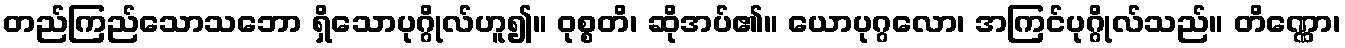
တည်ကြည်သောသဘော ရှိသောပုဂ္ဂိုလ်ဟူ၍။ ဝုစ္စတိ၊ ဆိုအပ်၏။ ယောပုဂ္ဂလော၊ အကြင်ပုဂ္ဂိုလ်သည်။ တိဏ္ဏော၊